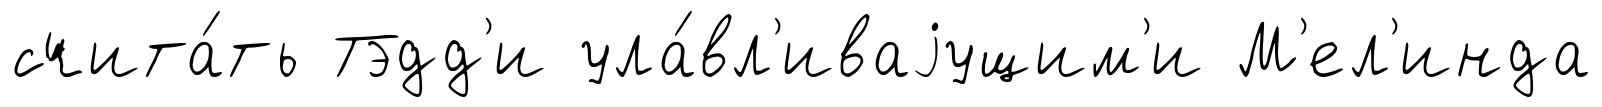
счита́ть Тэдд'и ула́вл'иваjущим'и М'ел'инда